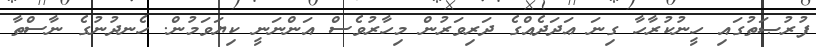
ފުރުޞަތުގައި ހީނުކުރާހާ ގިނަ ޢަދަދެއްގެ ދަރިވަރުން މިހާރުވެސް އަންނަނީ ކިޔަވަމުން. ހެނދުނުގެ ނާސްތާ